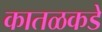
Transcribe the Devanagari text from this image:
कातळकडे